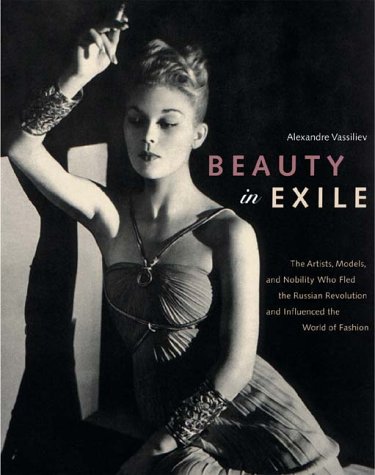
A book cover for Beauty in Exile: The Artists, Models, and Nobility who Fled the Russian Revolution and Influenced the World of Fashion; Alexandre Vassiliev; Arts & Photography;